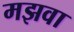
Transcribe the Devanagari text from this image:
मझवा